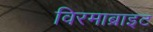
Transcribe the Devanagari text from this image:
विरमाब्राइट